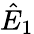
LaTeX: \hat{E}_{1}